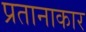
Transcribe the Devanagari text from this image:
प्रतानाकार